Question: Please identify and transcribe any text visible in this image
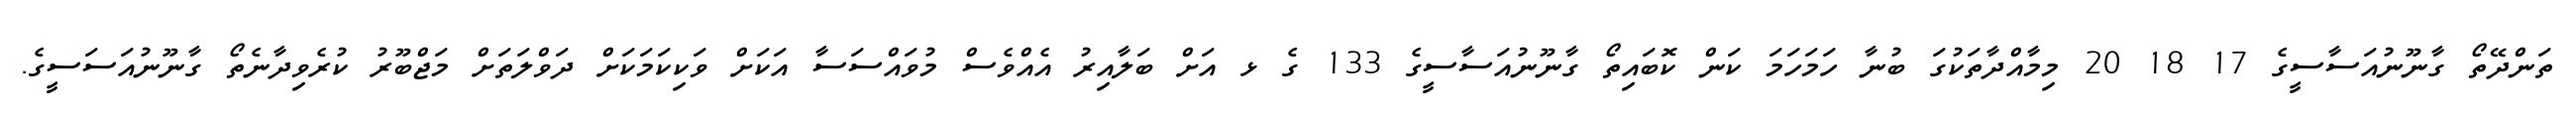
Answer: ތަންދޭތޯ ގާނޫނުއަސާސީގެ 17 18 20 މިމާއްދާތަކުގަ ބުނާ ހަމަހަމަ ކަން ކޮބައިތޯ ގާނޫނުއަސާސީގެ 133 ގެ ޅ އަށް ބަލާއިރު އެއްވެސް މުވައްސަސާ އަކަށް ވަކިކަމަކަށް ދަވްލަތަށް މަޖްބޫރު ކުރެވިދާނެތޯ ގާނޫނުއަސަސީގެ.